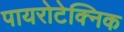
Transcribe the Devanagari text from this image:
पायरोटेक्निक